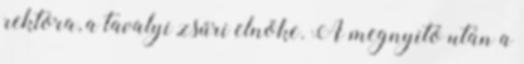
rektora, a tavalyi zsűri elnöke. A megnyitó után a